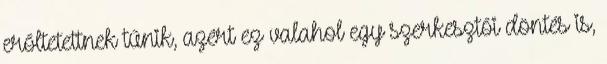
erőltetettnek tűnik, azért ez valahol egy szerkesztői döntés is,